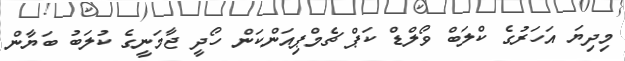
މިދިޔަ އަހަރުގެ ކްލަބް ވޯލްޑް ކަޕް ޗެމްޕިއަންކަން ހޯދީ ޖާމަނީގެ ކުލަބު ބަޔާން